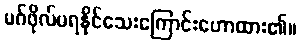
မဂ်ဖိုလ်မရနိုင်သေးကြောင်းဟောထား၏။